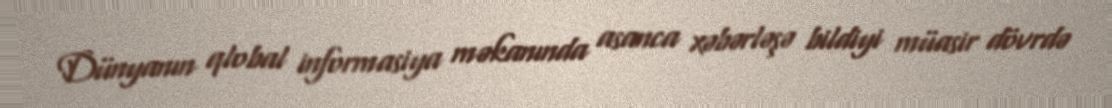
Dünyanın qlobal informasiya məkanında asanca xəbərləşə bildiyi müasir dövrdə